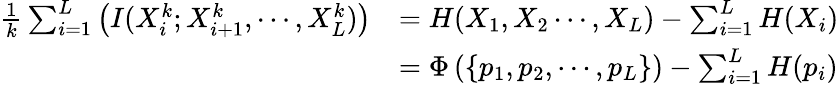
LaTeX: \begin{array}{rl}{\frac{1}{k}\sum_{i=1}^{L}\left(I(X_{i}^{k};X_{i+1}^{k},\cdots,X_{L}^{k})\right)}&{=H(X_{1},X_{2}\cdots,X_{L})-\sum_{i=1}^{L}H(X_{i})}\\ &{=\Phi\left(\left\{ p_{1},p_{2},\cdots,p_{L}\right\} \right)-\sum_{i=1}^{L}H(p_{i})}\end{array}